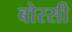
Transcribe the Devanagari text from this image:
बोरसी